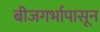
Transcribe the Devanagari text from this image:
बीजगर्भापासून